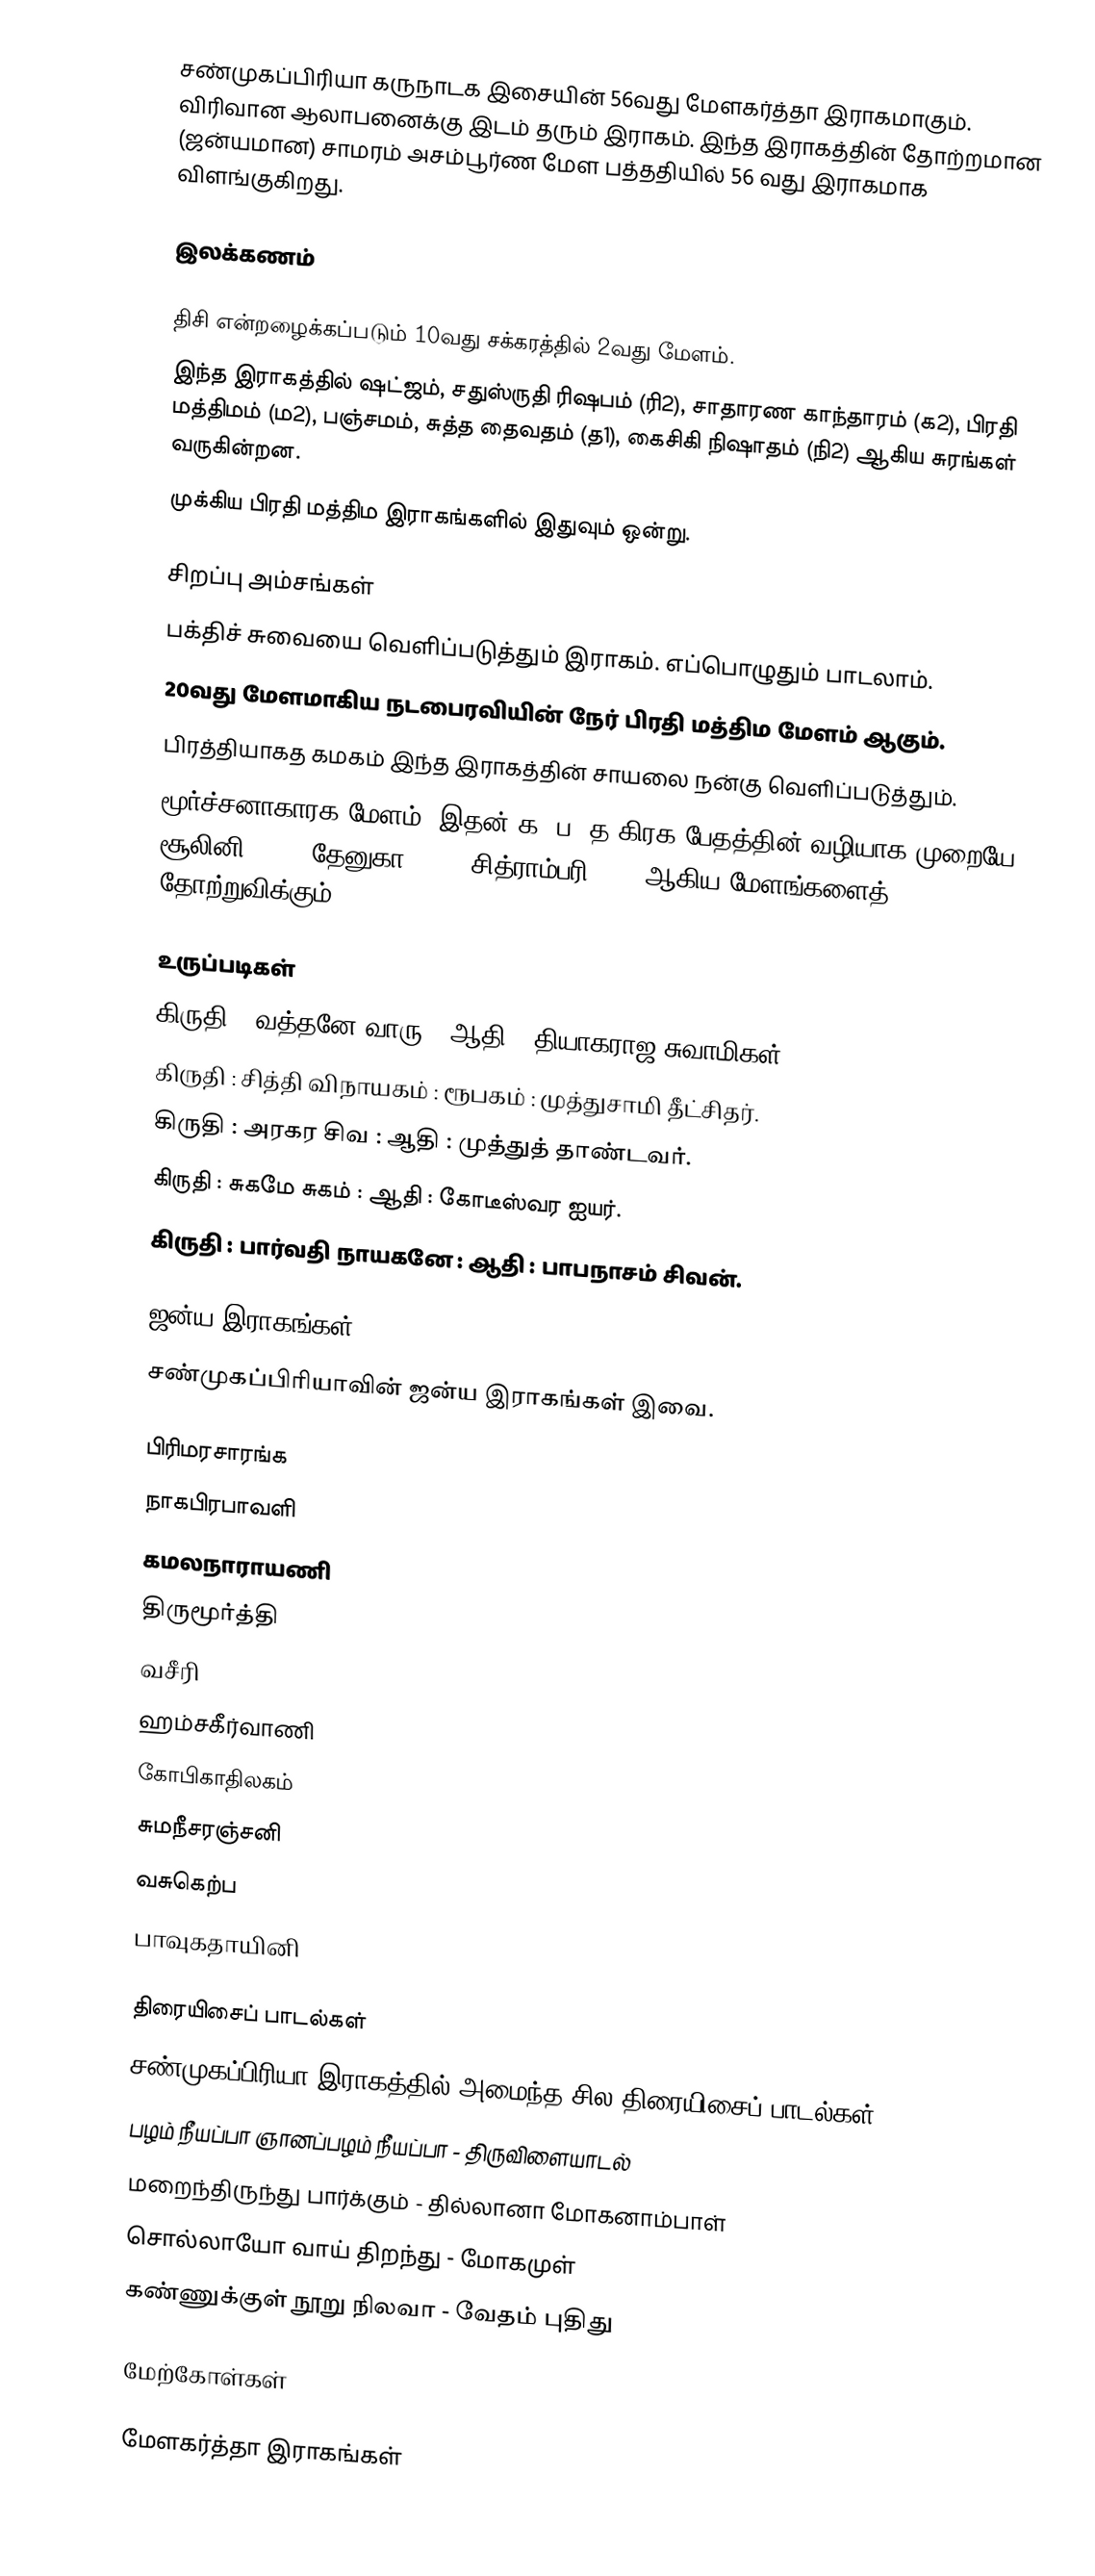
சண்முகப்பிரியா கருநாடக இசையின் 56வது மேளகர்த்தா இராகமாகும். விரிவான ஆலாபனைக்கு இடம் தரும் இராகம். இந்த இராகத்தின் தோற்றமான (ஜன்யமான) சாமரம் அசம்பூர்ண மேள பத்ததியில் 56 வது இராகமாக விளங்குகிறது.

இலக்கணம்

 திசி என்றழைக்கப்படும் 10வது சக்கரத்தில் 2வது மேளம்.
 இந்த இராகத்தில் ஷட்ஜம், சதுஸ்ருதி ரிஷபம் (ரி2), சாதாரண காந்தாரம் (க2), பிரதி மத்திமம் (ம2), பஞ்சமம், சுத்த தைவதம் (த1), கைசிகி நிஷாதம் (நி2) ஆகிய சுரங்கள் வருகின்றன.
 முக்கிய பிரதி மத்திம இராகங்களில் இதுவும் ஒன்று.

சிறப்பு அம்சங்கள்
 பக்திச் சுவையை வெளிப்படுத்தும் இராகம். எப்பொழுதும் பாடலாம்.
 20வது மேளமாகிய நடபைரவியின் நேர் பிரதி மத்திம மேளம் ஆகும்.
 பிரத்தியாகத கமகம் இந்த இராகத்தின் சாயலை நன்கு வெளிப்படுத்தும்.
 மூர்ச்சனாகாரக மேளம். இதன் க, ப, த கிரக பேதத்தின் வழியாக முறையே சூலினி (35), தேனுகா (09), சித்ராம்பரி (66) ஆகிய மேளங்களைத் தோற்றுவிக்கும்.

உருப்படிகள்
 கிருதி	: வத்தனே வாரு	: ஆதி	: தியாகராஜ சுவாமிகள்.
 கிருதி	: சித்தி விநாயகம்	: ரூபகம்	: முத்துசாமி தீட்சிதர்.
 கிருதி	: அரகர சிவ	: ஆதி	: முத்துத் தாண்டவர்.
 கிருதி	: சுகமே சுகம்	: ஆதி	: கோடீஸ்வர ஐயர்.
 கிருதி	: பார்வதி நாயகனே	: ஆதி	: பாபநாசம் சிவன்.

ஜன்ய இராகங்கள்
சண்முகப்பிரியாவின் ஜன்ய இராகங்கள் இவை.

 பிரிமரசாரங்க
 நாகபிரபாவளி
 கமலநாராயணி
 திருமூர்த்தி
 வசீரி
 ஹம்சகீர்வாணி
 கோபிகாதிலகம்
 சுமநீசரஞ்சனி
 வசுகெற்ப
 பாவுகதாயினி

திரையிசைப் பாடல்கள்
சண்முகப்பிரியா இராகத்தில் அமைந்த சில திரையிசைப் பாடல்கள்:
 பழம் நீயப்பா ஞானப்பழம் நீயப்பா - திருவிளையாடல்
 மறைந்திருந்து பார்க்கும் - தில்லானா மோகனாம்பாள்
 சொல்லாயோ வாய் திறந்து - மோகமுள்
 கண்ணுக்குள் நூறு நிலவா - வேதம் புதிது

மேற்கோள்கள்

மேளகர்த்தா இராகங்கள்